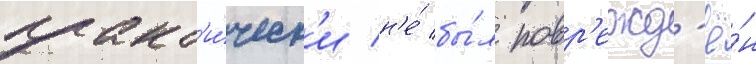
практ'и́ческ'и н'е́ бы́л повр'ежд'ё́н